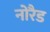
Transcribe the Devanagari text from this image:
नोरैड